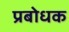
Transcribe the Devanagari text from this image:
प्रबोधक